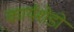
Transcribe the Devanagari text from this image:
कार्यशेडों